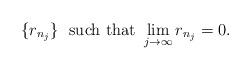
LaTeX: \begin{align*} \{r_{n_j}\} \ \mbox{ such that } \lim_{j \rightarrow \infty} r_{n_j}=0. \end{align*}